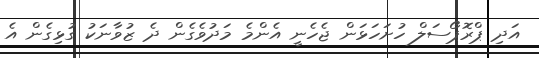
އަދި ޕްރޮޕޯސަލް ހުށަހަޅަން ޖެހެނީ އެންމެ މަދުވެގެން ދެ ޒުވާނަކު ގުޅިގެން އެ